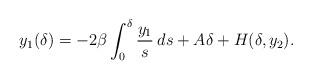
LaTeX: \begin{align*}y_1(\delta)=-2\beta \int_0^\delta \frac{y_1}{s}\:ds+A\delta +H(\delta,y_2).\end{align*}